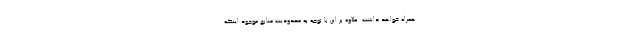
همراه خواهد داشت. علاوه بر این با توجه به محدودیت منابع موجود اینکه